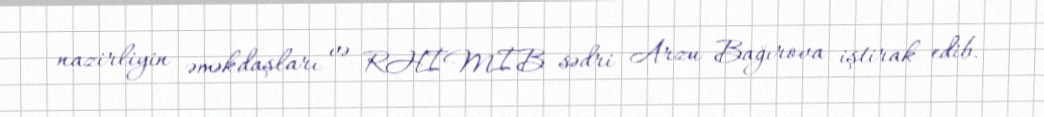
nazirliyin əməkdaşları və RHİMİB sədri Arzu Bağırova iştirak edib.